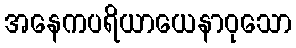
အနေကပရိယာယေနာဝုသော